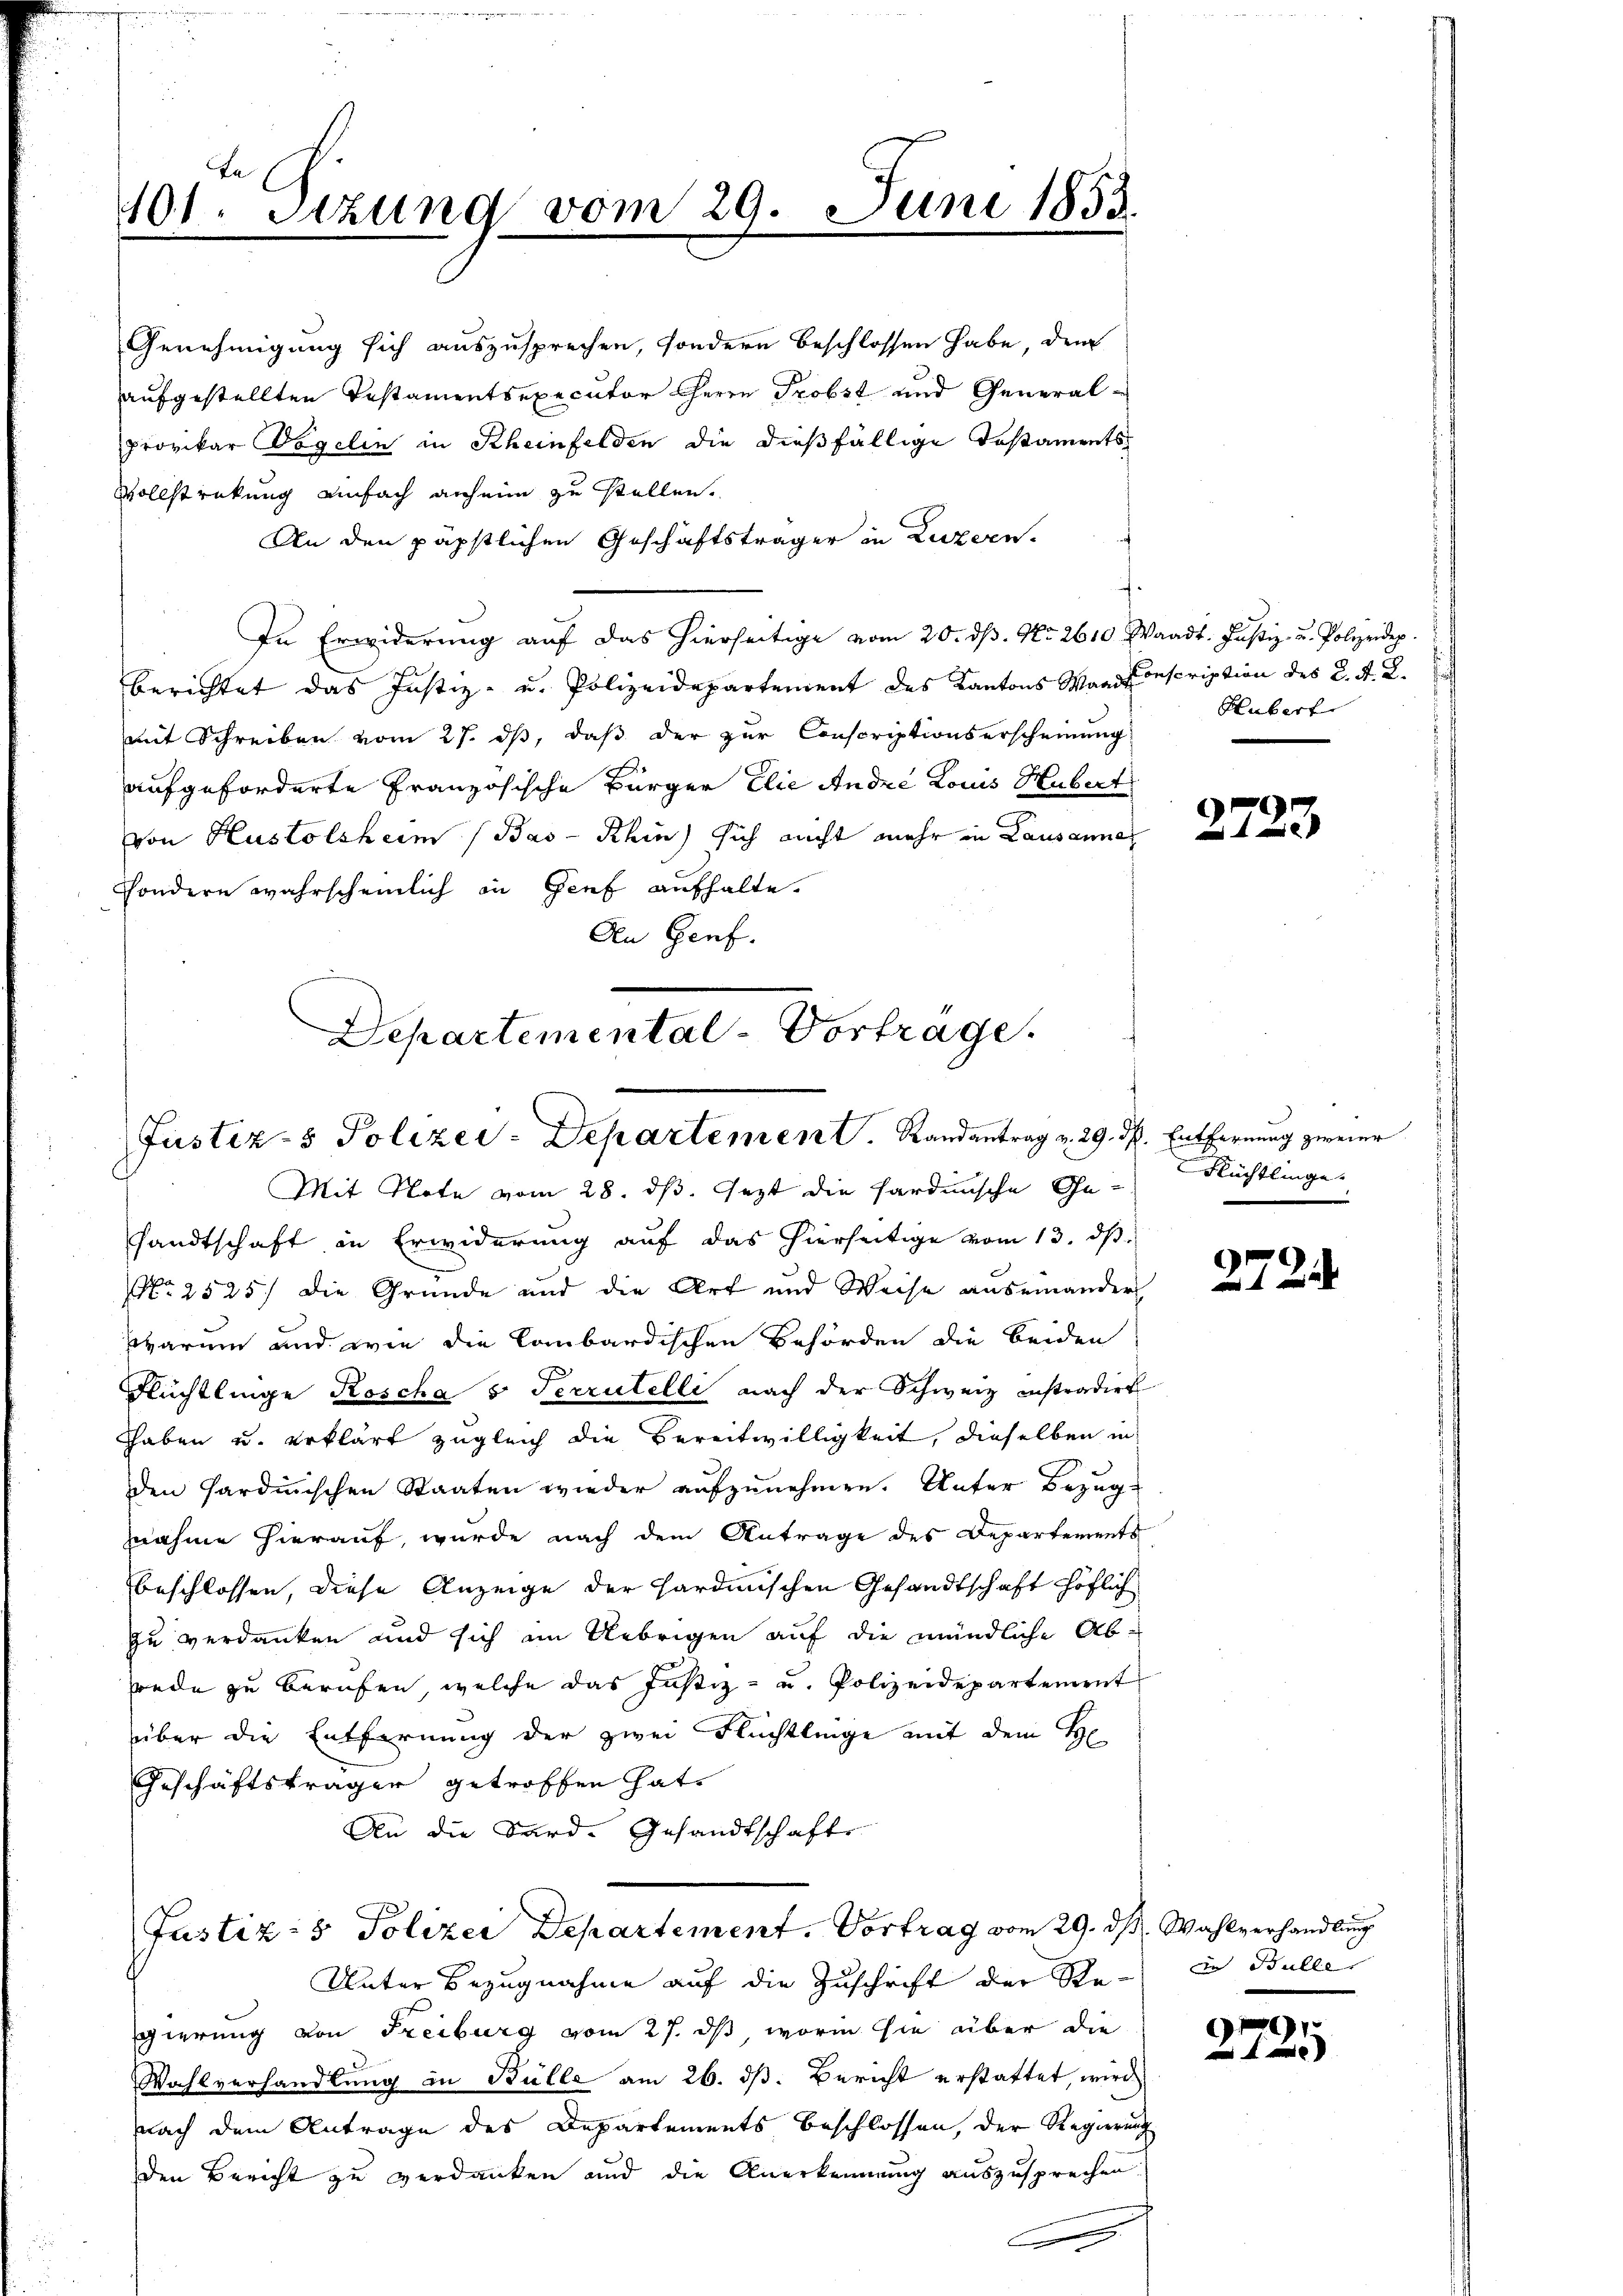
Fa
401. Sitzung vom 29. Juni 1853.

provikar Vogelin in Rheinfelden die dießfällige Testaments
Vollstreckung einfach anheim zu stellen.
An den päpstlichen Geschäftsträger in Luzern.
In Erwiderung auf das hierseitige vom 20. ds. No. 2610 Waadt. Justiz- u. Polizeidep
berichtet das Justiz- u. Polizeidepartement des Kantons Waadt Inscription des K. A. R.
mit Schreiben vom 27. ds, daß der zur Conscriptionserscheinung
aufgeforderte Französische Bürger Elie Andre Louis Hubert
von Hustolsheim (Bas- Rhin) sich nicht mehr in Lausanne
sondern wahrscheinlich in Genf aufhalte.
Den Genf.
Departemental-Vortrage.

Genehmigung sich auszusprechen, sondern beschlossen habe, dem
aufgestellten Testamentsexecutor Herrn Probst und General¬

Justiz- & Polizei-Departement. Randantrag v. 29. d. Entfernung zweier
Mit Note vom 28. ds. Jezt die Sardinische Ge¬

sandtschaft in Erwiderung auf das hierseitige vom 13. ds.
No 2525) die Gründe und die Art und Weise auseinander
sarum und wie die Lombardischen Behörden die beiden
Rüchtlinge Roscha 5 Secrutelli nach der Schweiz instradirt
haben u. erklärt zugleich die Bereitwilligkeit, dieselben in
den Hardinischen Staaten wieder aufzunehmen. Unter Bezug-
nahme hierauf, wurde nach dem Antrage des Departements
beschlossen, diese Anzeige der Hardinischen Gesandtschaft höflich
zu verdanken und sich im Uebrigen auf die mündliche Ab-
rede zu berufen, welche das Justiz- u. Polizeidepartement
über die Entfernung der zwei Flüchtlinge mit dem He
Geschäftsträger getroffen hat.
An die Sard. Gesandtschaft
Justiz- & Polizei Departement. Vortrag vom 29. ds. Wahlverhandlung
Unter Bezugnahme auf die Zuschrift der Re- in Bulle
gierung von Freiburg vom 27. ds worin sie über die
Wahlverhandlung in Bülle am 26. dß. Bericht erstattet, wird
nach dem Antrage des Departements beschlossen, der Regierung
den Bericht zu verdanken und die Anerkennung auszusprechen
.

Hubert

2723

Rüchtlinge

272

1